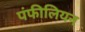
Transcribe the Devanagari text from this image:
पंफीलियन